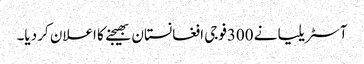
آسٹریلیا نے 300فوجی افغانستان بھیجنے کا اعلان کر دیا۔